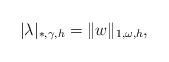
\begin{align*}|\lambda|_{*,\gamma,h}=\|w\|_{1,\omega,h},\end{align*}